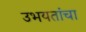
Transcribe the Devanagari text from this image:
उभयतांचा